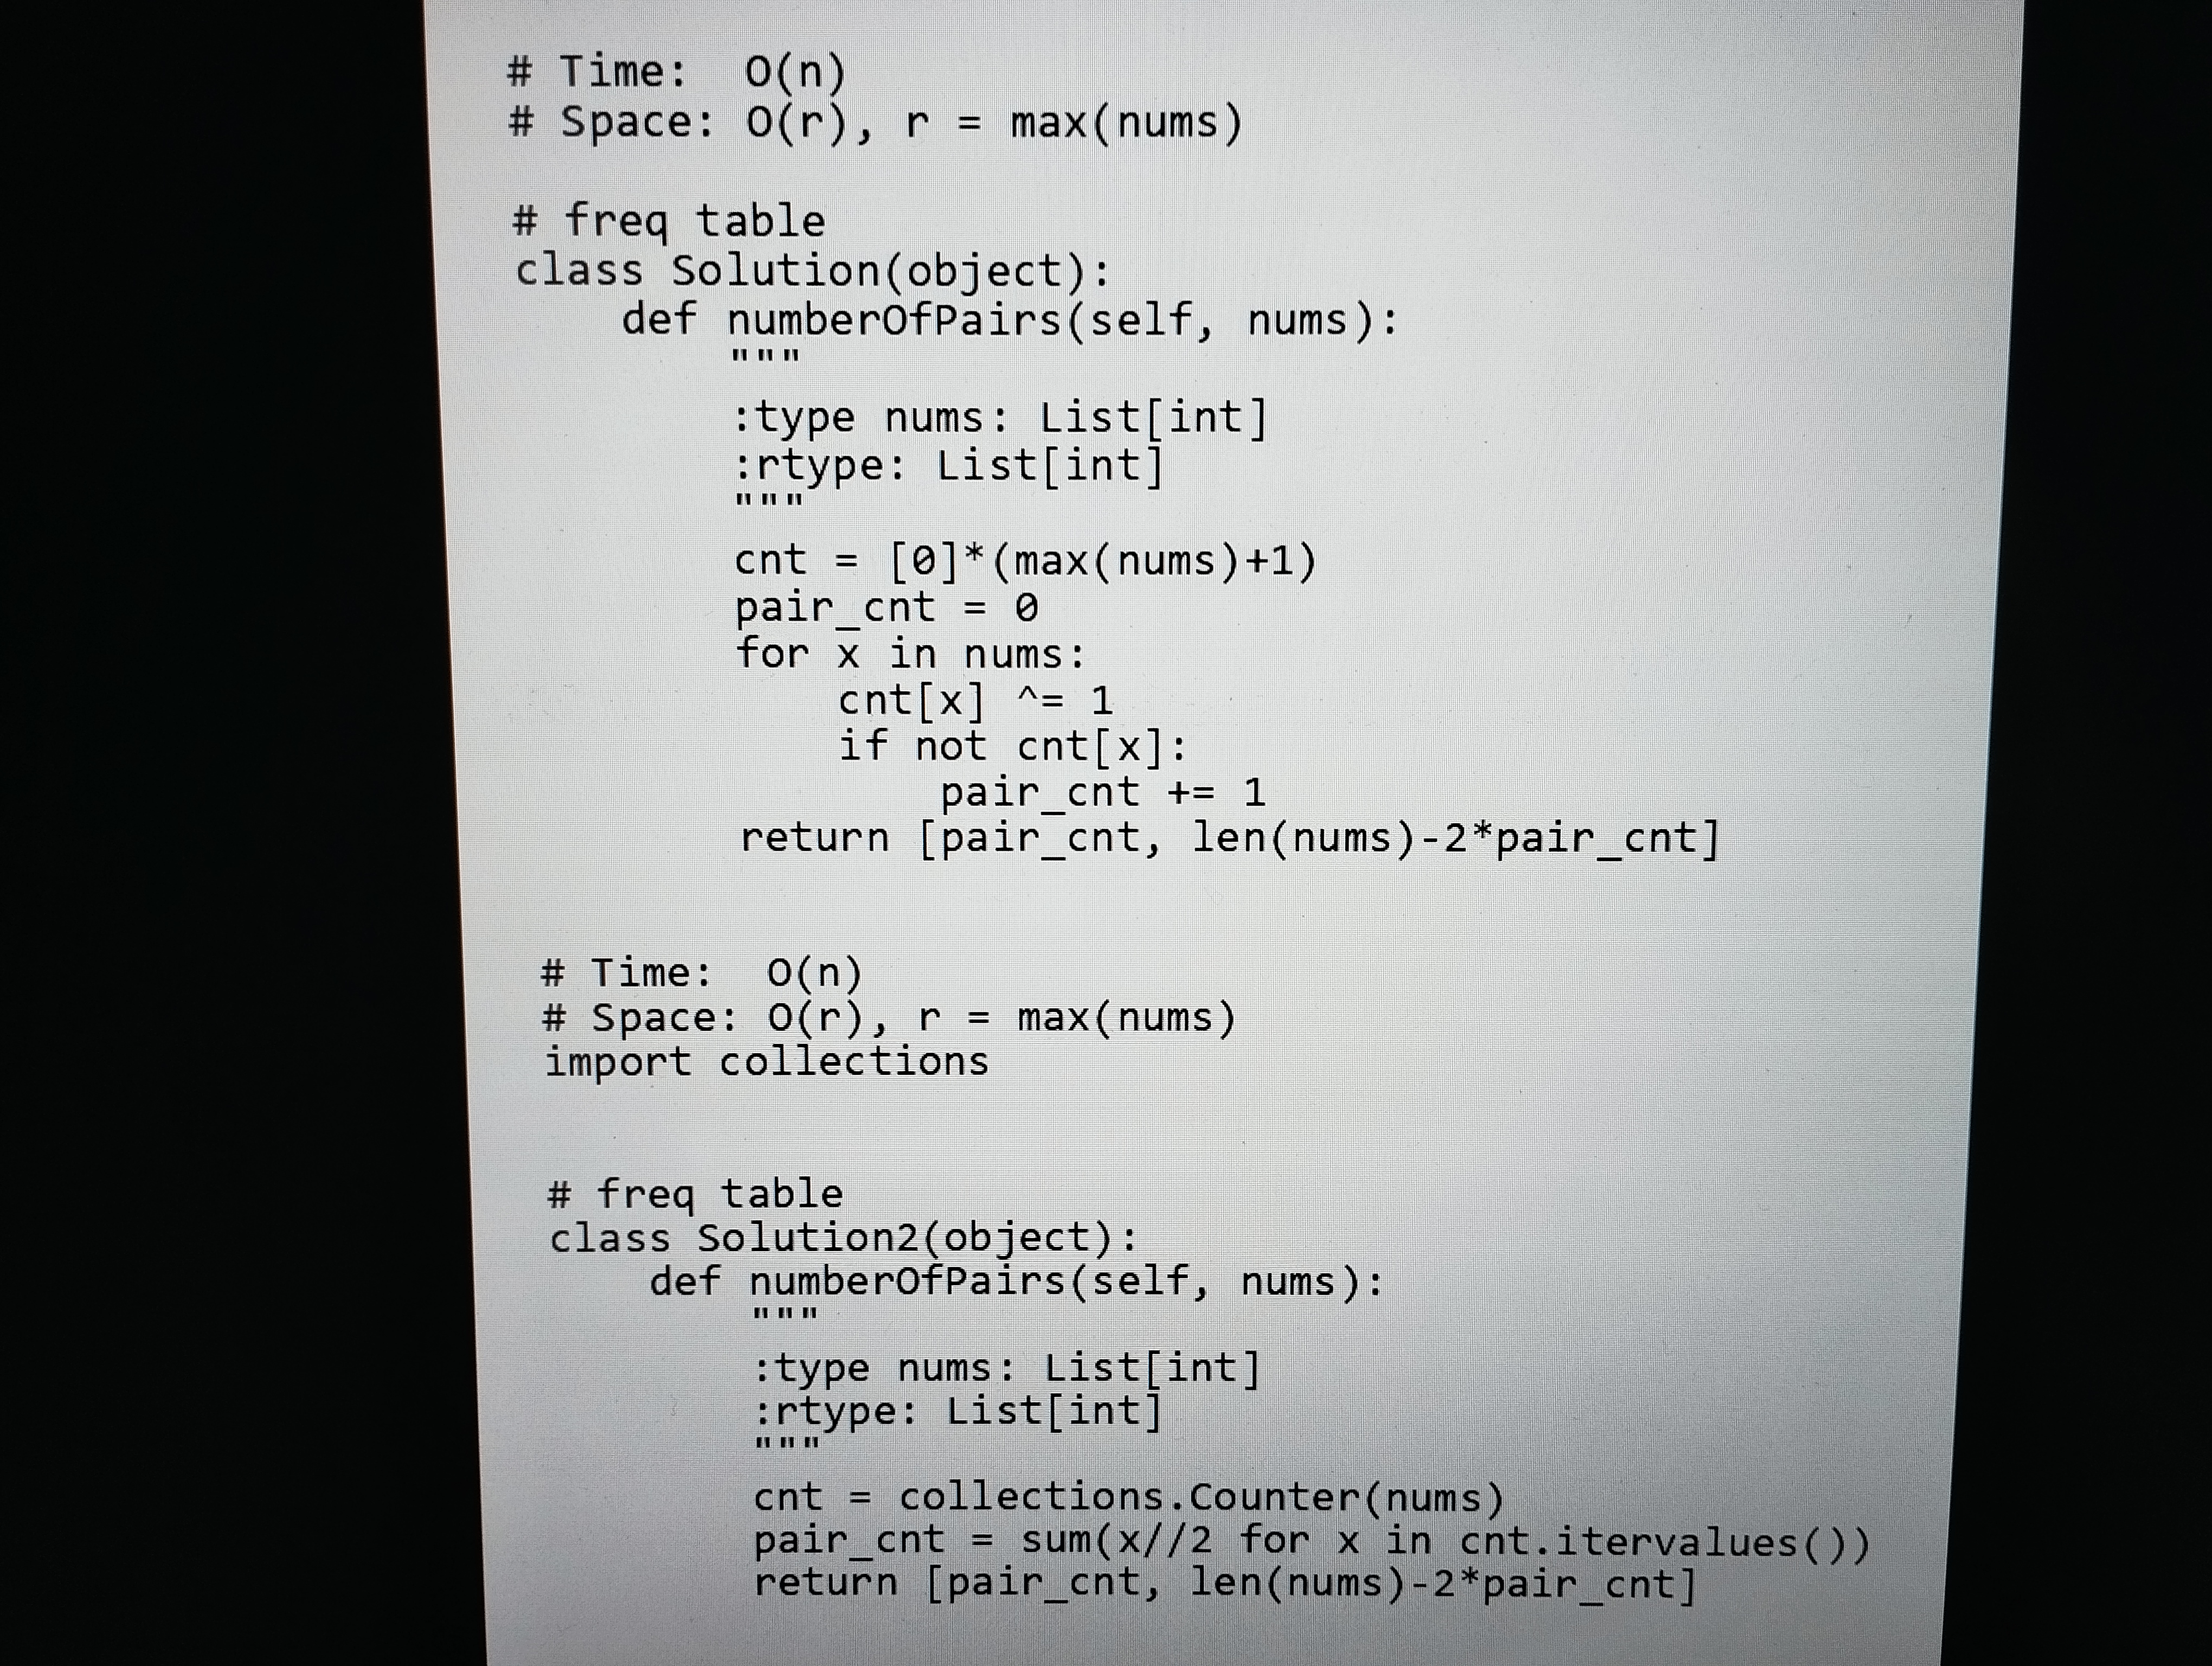
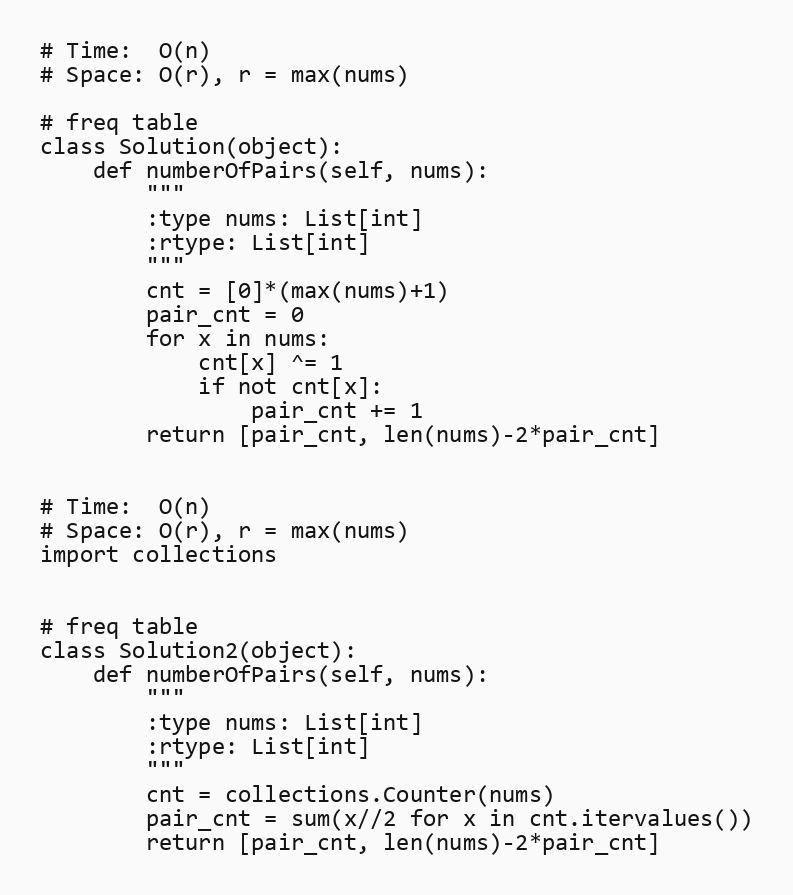
# Time:  O(n)
# Space: O(r), r = max(nums)

# freq table
class Solution(object):
    def numberOfPairs(self, nums):
        """
        :type nums: List[int]
        :rtype: List[int]
        """
        cnt = [0]*(max(nums)+1)
        pair_cnt = 0
        for x in nums:
            cnt[x] ^= 1
            if not cnt[x]:
                pair_cnt += 1
        return [pair_cnt, len(nums)-2*pair_cnt]

# Time:  O(n)
# Space: O(r), r = max(nums)
import collections

# freq table
class Solution2(object):
    def numberOfPairs(self, nums):
        """
        :type nums: List[int]
        :rtype: List[int]
        """
        cnt = collections.Counter(nums)
        pair_cnt = sum(x//2 for x in cnt.itervalues())
        return [pair_cnt, len(nums)-2*pair_cnt]